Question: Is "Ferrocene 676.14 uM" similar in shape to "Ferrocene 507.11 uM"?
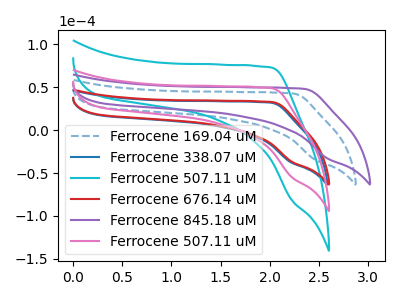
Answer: <think>The blue dashed curve "Ferrocene 169.04 uM" has no peaks. The blue curve "Ferrocene 338.07 uM" has no peaks. The cyan curve "Ferrocene 507.11 uM" has no peaks. The red curve "Ferrocene 676.14 uM" has no peaks. The purple curve "Ferrocene 845.18 uM" has no peaks. The pink curve "Ferrocene 507.11 uM" has no peaks.
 Neither "Ferrocene 676.14 uM" or "Ferrocene 507.11 uM" have any peaks.</think>
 <answer>"Ferrocene 676.14 uM" and "Ferrocene 507.11 uM" are similar in shape.</answer>
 <eval>same_shape</eval>